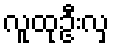
လူထုဦးလှ